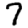
Digit: 7